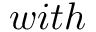
w i t h